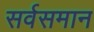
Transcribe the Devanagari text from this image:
सर्वसमान